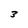
Character: 3